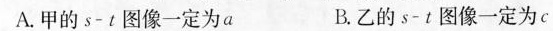
A.甲的$$s - t$$图像一定为a B.乙的$$s -